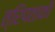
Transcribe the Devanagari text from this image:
त्रिपताकी